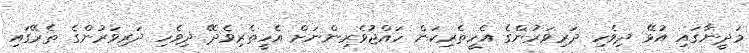
މަދީނާގައި އުޅޭ ދިވެހި ދަރިވަރުންގެ އެހީތެރިކަން ހައްޖުވެރިންނަށް އެހީތެރިވެދޭ ދިވެހި ދަރިވަރުންގެ ތެރޭގައި